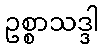
ဥစ္စာသဒ္ဒါ